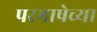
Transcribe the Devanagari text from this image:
परभाषेच्या